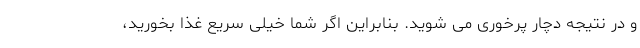
و در نتیجه دچار پرخوری می شوید. بنابراین اگر شما خیلی سریع غذا بخورید،